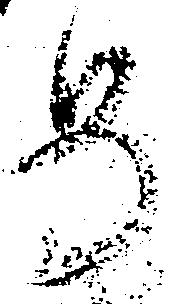
め